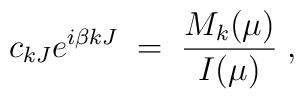
c_{kJ}e^{i\beta kJ} \; = \; \frac{M_k(\mu)}{I(\mu)}  \; ,